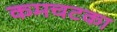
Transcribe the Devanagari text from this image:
कमचटका